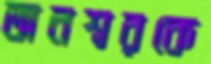
অনশ্বরকে